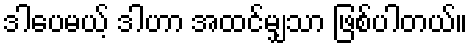
ဒါပေမယ့် ဒါဟာ အထင်မျှသာ ဖြစ်ပါတယ်။